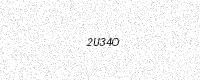
Text: 2U34O